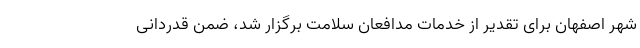
شهر اصفهان برای تقدیر از خدمات مدافعان سلامت برگزار شد، ضمن قدردانی